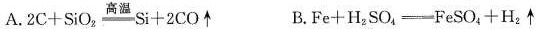
A.$$2 C + S i O _ { 2 } \xlongequal [ ] { 高温 } S i + 2